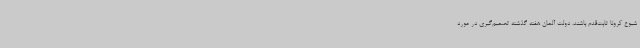
شیوع کرونا ثابت‌قدم باشند. دولت آلمان هفته گذشته تصمیم‌گیری در مورد